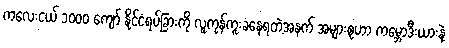
ကလေးငယ် ၁၀၀၀ ကျော် နိုင်ငံရပ်ခြားကို လူကုန်ကူးခံနေရတဲ့အနက် အများစုဟာ ကမ္ဘောဒီးယားနဲ့